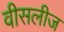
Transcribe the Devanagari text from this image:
वीसलीज